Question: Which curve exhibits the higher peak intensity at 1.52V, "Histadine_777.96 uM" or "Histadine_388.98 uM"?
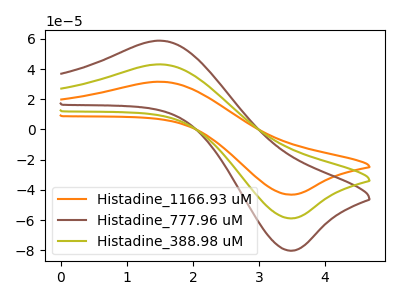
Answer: <think>The orange curve "Histadine_1166.93 uM" has an anodic peak at (1.50V, 86.10uA) and a cathodic peak at (3.45V, -117.45uA). The brown curve "Histadine_777.96 uM" has an anodic peak at (1.50V, 58.70uA) and a cathodic peak at (3.45V, -80.10uA). The olive curve "Histadine_388.98 uM" has an anodic peak at (1.50V, 43.05uA) and a cathodic peak at (3.45V, -58.70uA).</think>
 <answer>The peak at 1.52V is higher in "Histadine_777.96 uM" than in "Histadine_388.98 uM".</answer>
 <eval>higher</eval>